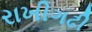
રાખીગઢી